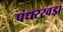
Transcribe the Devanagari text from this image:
पंधररवडा